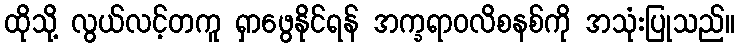
ထိုသို့ လွယ်လင့်တကူ ရှာဖွေနိုင်ရန် အက္ခရာဝလိစနစ်ကို အသုံးပြုသည်။